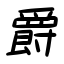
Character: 爵